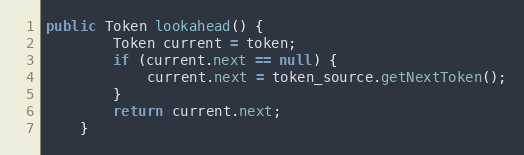
Language: Java
public Token lookahead() {
        Token current = token;
        if (current.next == null) {
            current.next = token_source.getNextToken();
        }
        return current.next;
    }